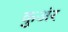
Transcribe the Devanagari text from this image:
कुअंर